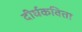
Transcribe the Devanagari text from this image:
दीर्घकविता